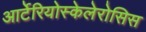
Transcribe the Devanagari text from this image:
आर्टेरियोस्केलेरोसिस